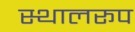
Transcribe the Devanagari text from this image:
स्थालरूप